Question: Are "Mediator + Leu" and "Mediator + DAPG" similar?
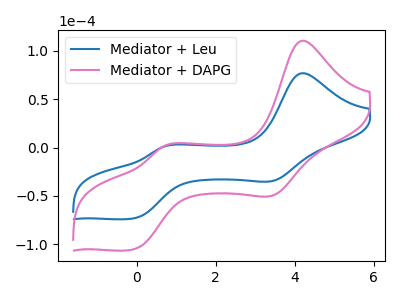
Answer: <think>The blue curve "Mediator + Leu" has anodic peaks at (4.20V, 76.85uA) (0.70V, 1.10uA) and cathodic peaks at (3.45V, -34.35uA) (-0.10V, -73.35uA). The pink curve "Mediator + DAPG" has anodic peaks at (4.20V, 110.40uA) (0.70V, 1.55uA) and cathodic peaks at (3.45V, -49.40uA) (-0.10V, -105.35uA).
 All the peaks in "Mediator + Leu" have a peak in "Mediator + DAPG" at the same potential. Every peak in "Mediator + Leu" is lower than every peak in "Mediator + DAPG".</think>
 <answer>"Mediator + Leu" and "Mediator + DAPG" are similar in shape.</answer>
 <eval>same_shape</eval>